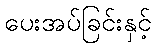
ပေးအပ်ခြင်းနှင့်